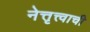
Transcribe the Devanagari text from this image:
नेत्तृत्त्वाची